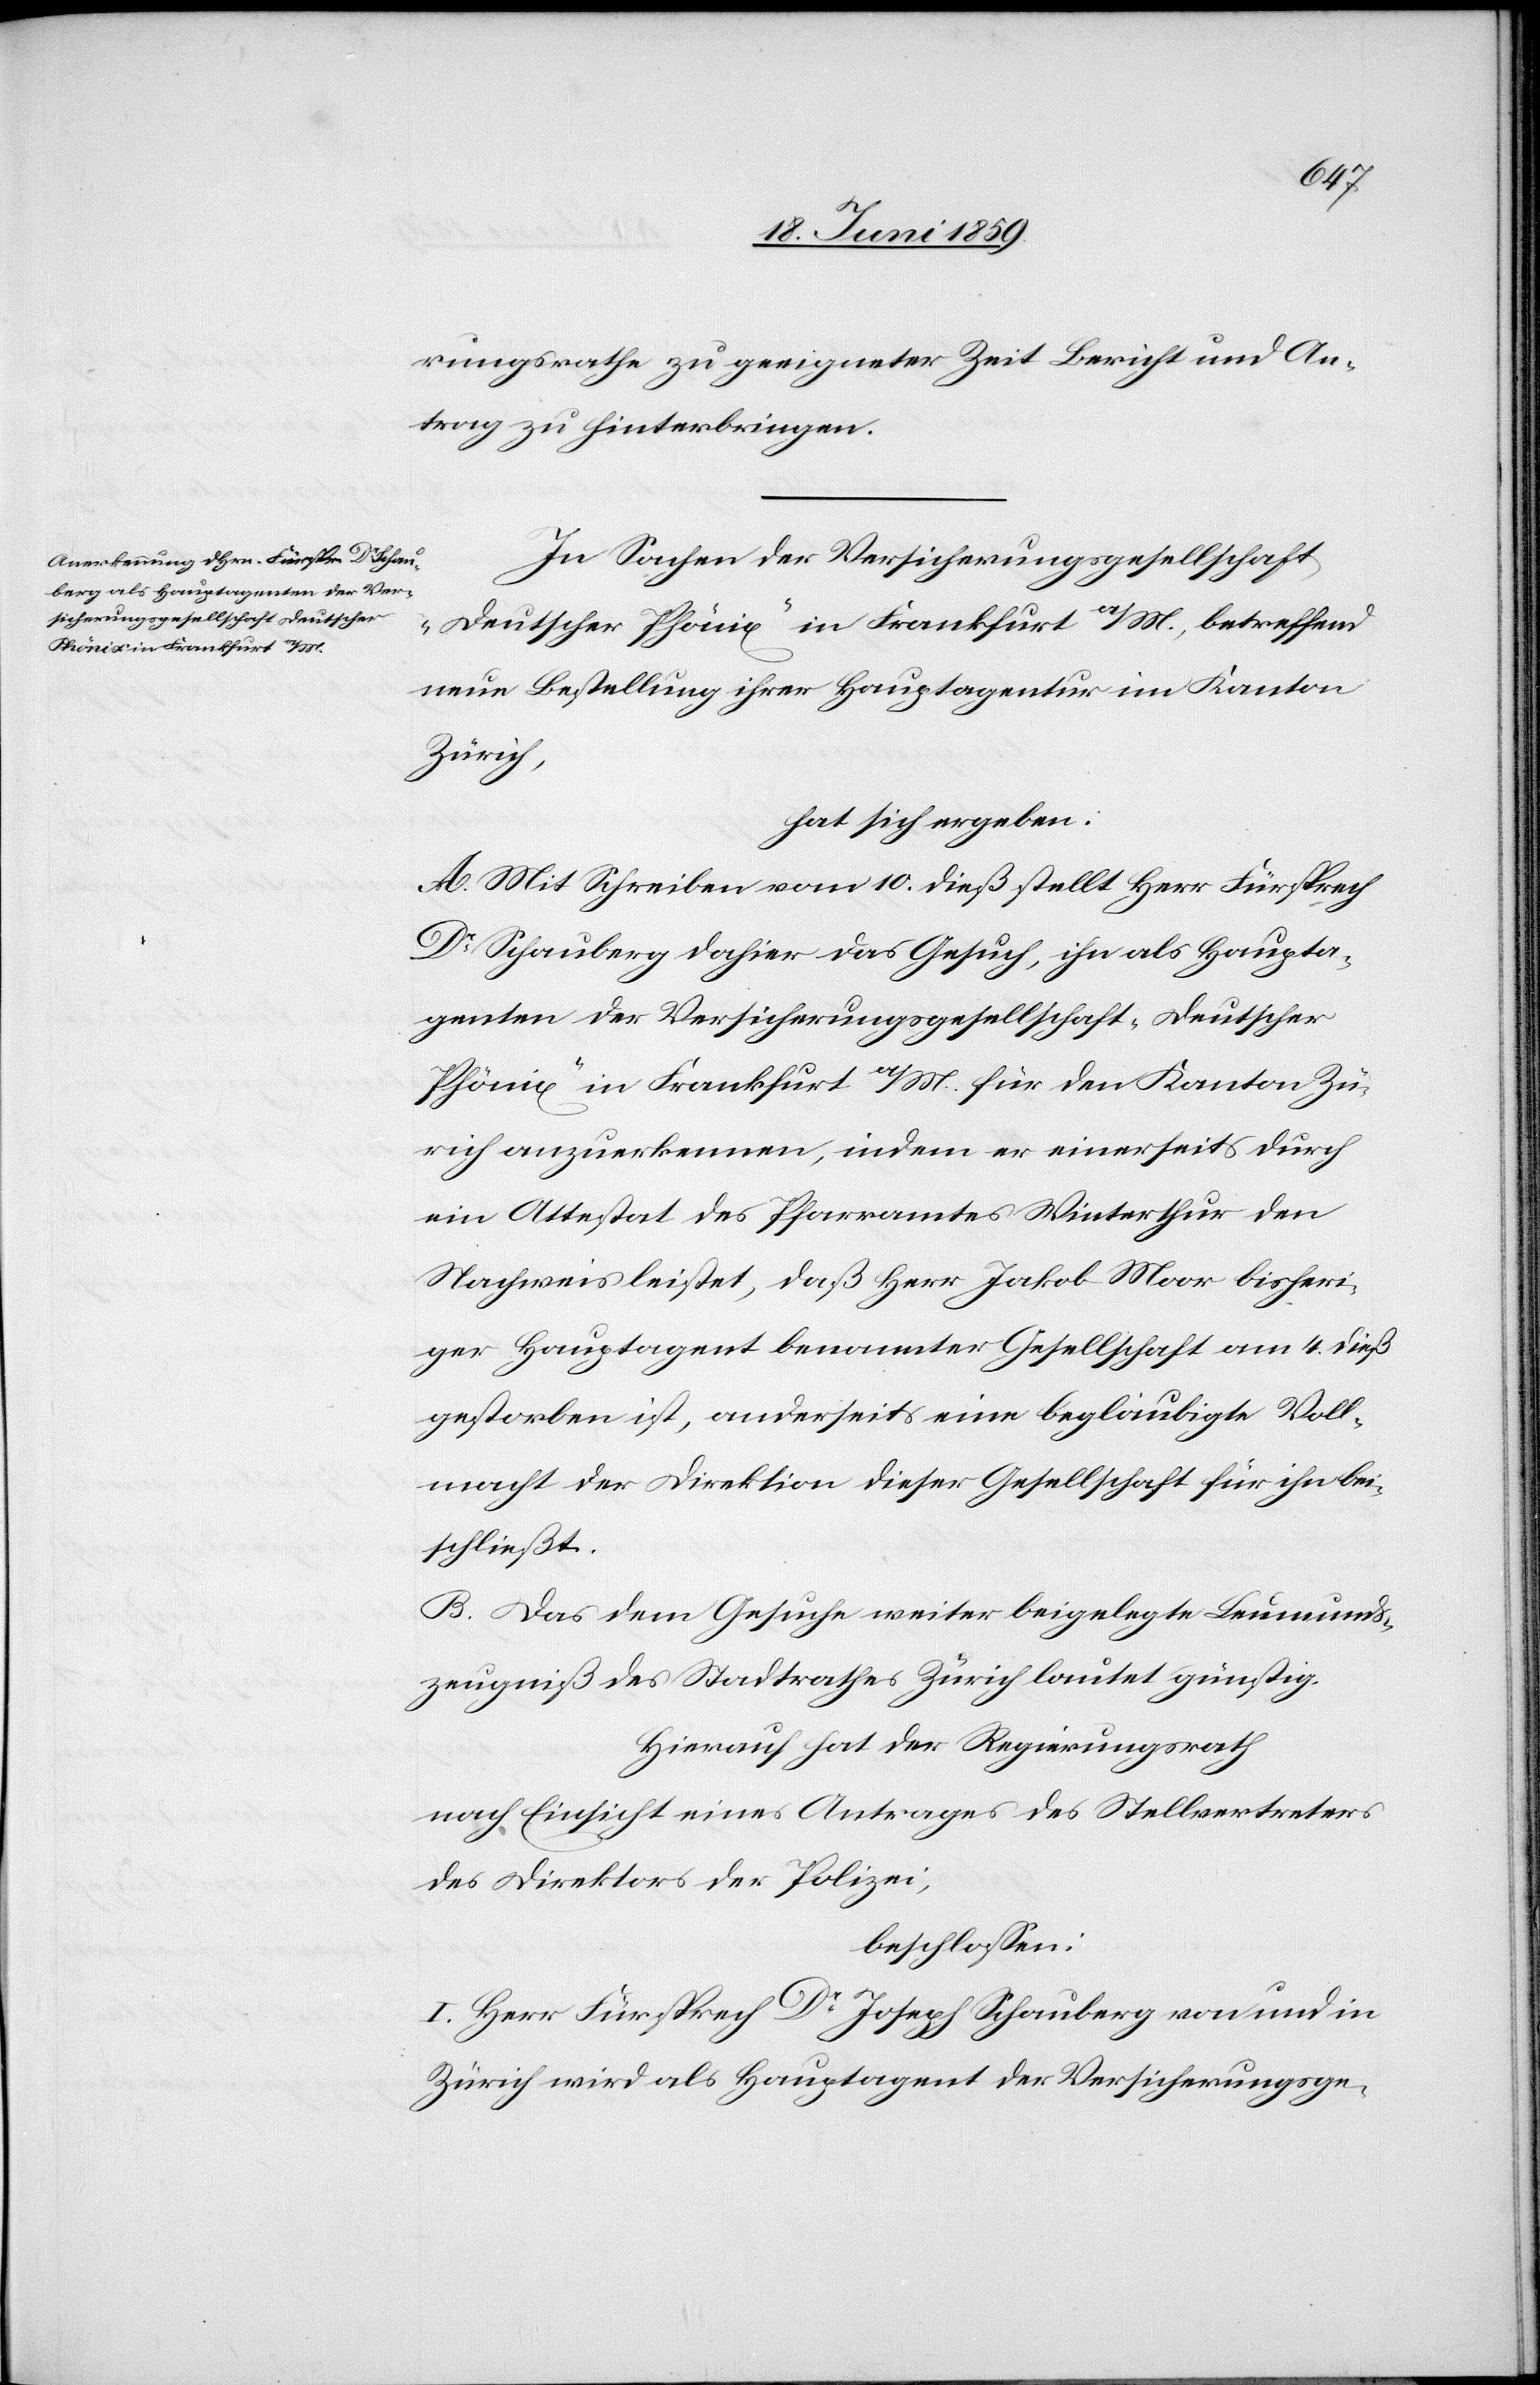
rungsrathe zu geeigneter Zeit Bericht und An¬
trag zu hinterbringen.
In Sachen der Versicherungsgesellschaft
„Deutscher Phönix“ in Frankfurt a/M., betreffend
neue Bestellung ihrer Hauptagentur im Kanton
Zürich,
hat sich ergeben:
A. Mit Schreiben vom 10. dieß stellt Herr Fürsprech
Dr Schauberg dahier das Gesuch, ihn als Haupta¬
genten der Versicherungsgesellschaft „Deutscher
Phönix“ in Frankfurt a/M. für den Kanton Zü¬
rich anzuerkennen, indem er einerseits durch
ein Attestat des Pfarramtes Winterthur den
Nachweis leistet, daß Herr Jakob Moor bisheri¬
ger Hauptagent benannter Gesellschaft am 4. dieß
gestorben ist, anderseits eine beglaubigte Voll¬
macht der Direktion dieser Gesellschaft für ihn bei¬
schließt.
B. Das dem Gesuche weiter beigelegte Leumunds¬
zeugniß des Stadtrathes Zürich lautet günstig.
Hierauf hat der Regierungsrath
nach Einsicht eines Antrages des Stellvertreters
des Direktors der Polizei,
beschlossen:
I. Herr Fürsprech Dr Joseph Schauberg von und in
Zürich wird als Hauptagent der Versicherungsge-